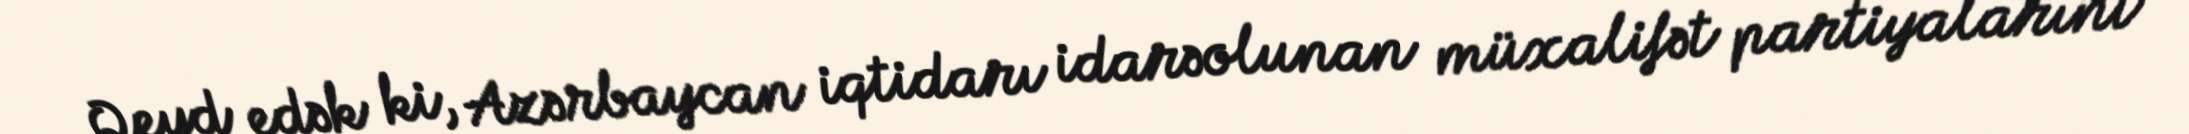
Qeyd edək ki, Azərbaycan iqtidarı idarəolunan müxalifət partiyalarını